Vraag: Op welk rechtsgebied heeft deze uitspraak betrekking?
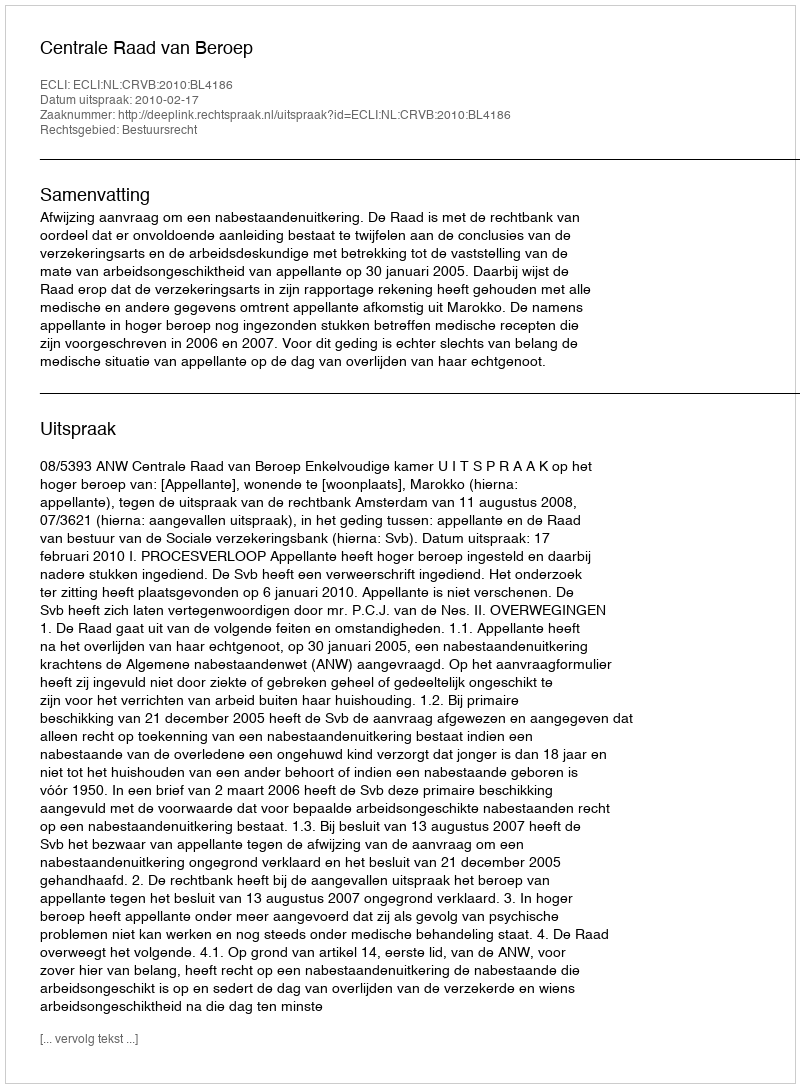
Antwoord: Bestuursrecht